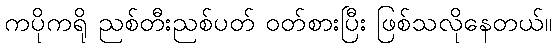
ကပိုကရို ညစ်တီးညစ်ပတ် ဝတ်စားပြီး ဖြစ်သလိုနေတယ်။